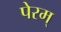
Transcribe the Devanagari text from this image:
पेरम्